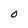
Character: O